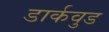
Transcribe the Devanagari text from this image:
डार्कवुड